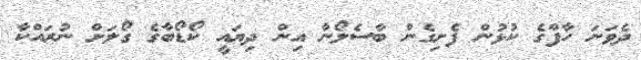
ދެވަނަ ހާފްގެ ކުޅުން ފެށިގެން ބާސެލޯނާ އިން ދިޔައީ ކޯޑޯބާގެ ގޯލަށް ނުރައްކާ